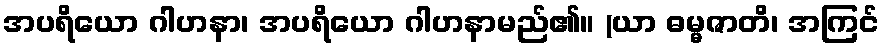
အပရိယော ဂါဟနာ၊ အပရိယော ဂါဟနာမည်၏။ (ယာ ဓမ္မဇာတိ၊ အကြင်